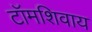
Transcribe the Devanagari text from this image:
टॉमशिवाय